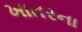
ખાતરના